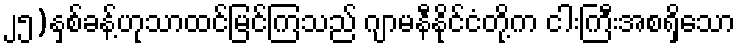
၂၅)နှစ်ခန့်ဟုသာထင်မြင်ကြသည် ဂျာမနီနိုင်ငံတို့က ငါးကြီးအစရှိသော